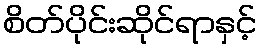
စိတ်ပိုင်းဆိုင်ရာနှင့်